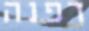
דפנה